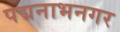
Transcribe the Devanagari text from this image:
पद्मनाभनगर